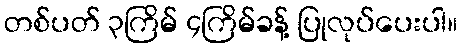
တစ်ပတ် ၃ကြိမ် ၄ကြိမ်ခန့် ပြုလုပ်ပေးပါ။